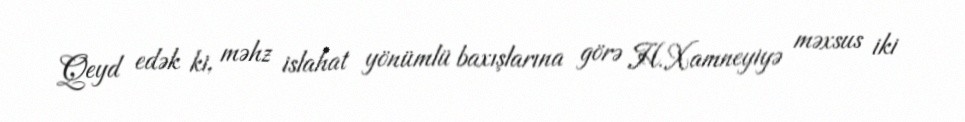
Qeyd edək ki, məhz islahat yönümlü baxışlarına görə H.Xamneyiyə məxsus iki